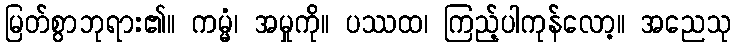
မြတ်စွာဘုရား၏။ ကမ္မံ၊ အမှုကို။ ပဿထ၊ ကြည့်ပါကုန်လော့။ အညေသု